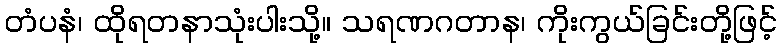
တံပနံ၊ ထိုရတနာသုံးပါးသို့။ သရဏဂတာန၊ ကိုးကွယ်ခြင်းတို့ဖြင့်